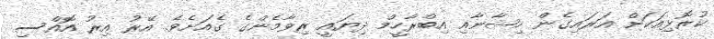
ކުރޮޅިއަކަށް އަރައިގެން ހިޝާނާއި އިބްރާހީމް ދިޔައީ ރިވާމެންގެ ގެއަށެވެ. އޭރު އިރު އޮއްސި